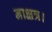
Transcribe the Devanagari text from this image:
नाक्षत्र।